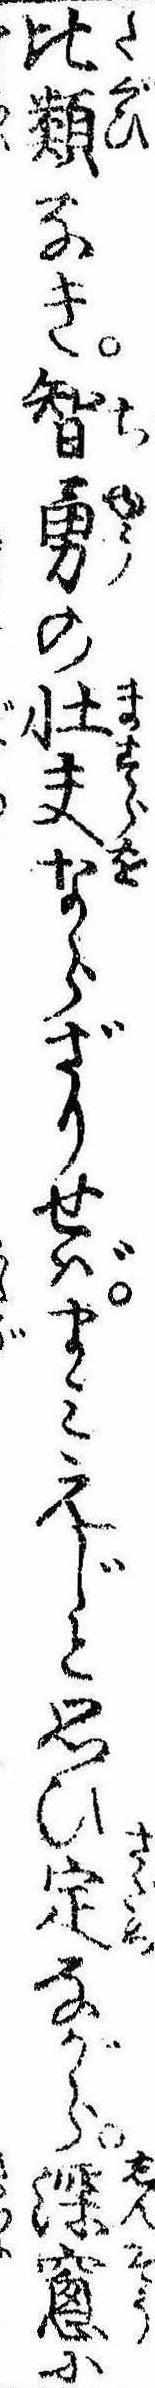
比類なき智勇の壮夫ならざりせばまみえじと思ひ定ながら深窓に